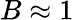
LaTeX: B\approx 1